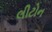
લીટોન